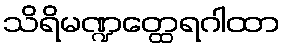
သိရိမဏ္ဍတ္ထေရဂါထာ